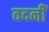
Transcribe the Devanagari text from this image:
वदनीं